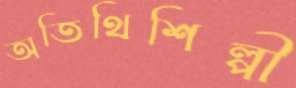
অতিথিশিল্পী